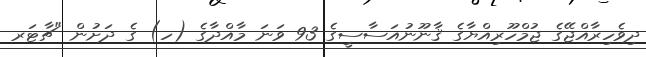
ދިވެހިރާއްޖޭގެ ޖުމްހޫރިއްޔާގެ ޤާނޫނުއަސާސީގެ 93 ވަނަ މާއްދާގެ (ހ) ގެ ދަށުން "ޗާޓަރ